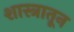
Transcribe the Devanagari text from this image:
शास्त्रातून